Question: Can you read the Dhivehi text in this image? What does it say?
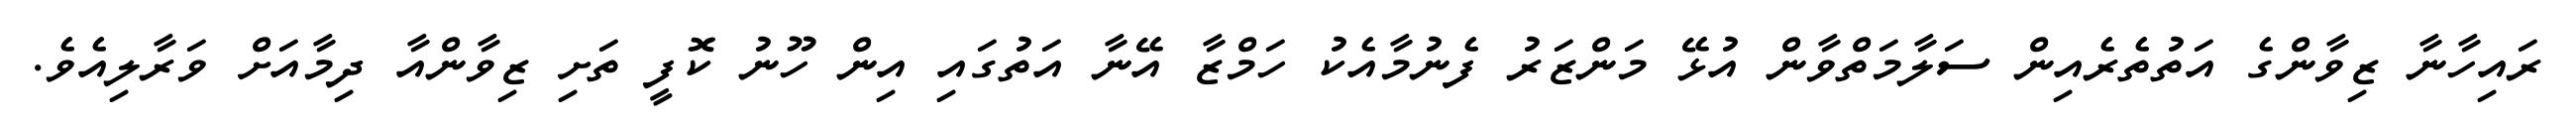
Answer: ރައިހާނާ ޒިވާންގެ އަތުތެރެއިން ސަލާމަތްވާން އުޅޭ މަންޒަރު ފެނުމާއެކު ހަމްޒާ އޭނާ އަތުގައި އިން ހޫނު ކޮފީ ތަށި ޒިވާންއާ ދިމާއަށް ވަރާލިއެވެ.